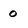
Character: 0